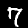
Digit: 7